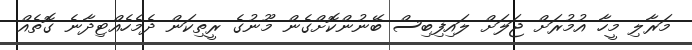
މަރާލި މީހާ އުމުރަށް ޖަލަށް ލައިފިބިސް ބޭނުންކޮށްގެން މޫނުގެ ރީތިކަން ދެމެހެއްޓިދާނެ ގޮތެއް